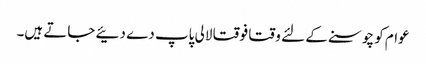
عوام کو چوسنے کے لئے وقتا فوقتا لالی پاپ دے دئیے جاتے ہیں۔